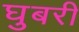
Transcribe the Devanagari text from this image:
घुबरी